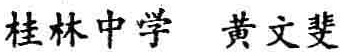
桂林中学 黄文斐